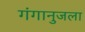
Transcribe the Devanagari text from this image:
गंगानुजला